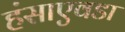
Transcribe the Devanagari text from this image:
हंसाएवडा